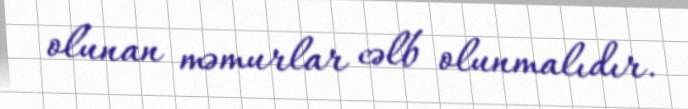
olunan məmurlar cəlb olunmalıdır.